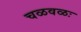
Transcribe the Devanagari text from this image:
चळवळः